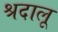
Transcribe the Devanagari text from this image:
श्रदालू